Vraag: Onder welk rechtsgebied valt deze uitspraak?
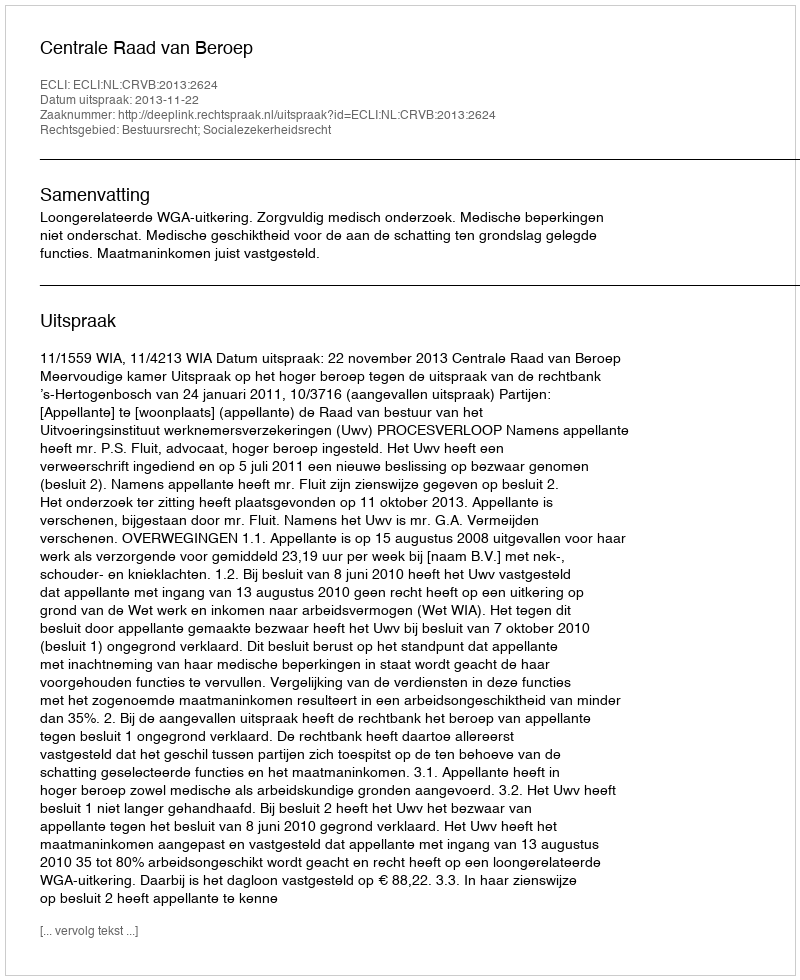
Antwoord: Bestuursrecht; Socialezekerheidsrecht